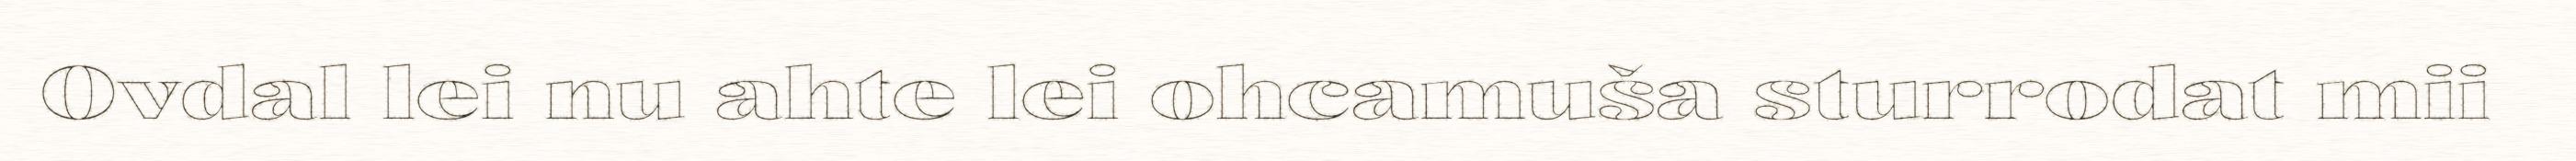
Ovdal lei nu ahte lei ohcamuša sturrodat mii